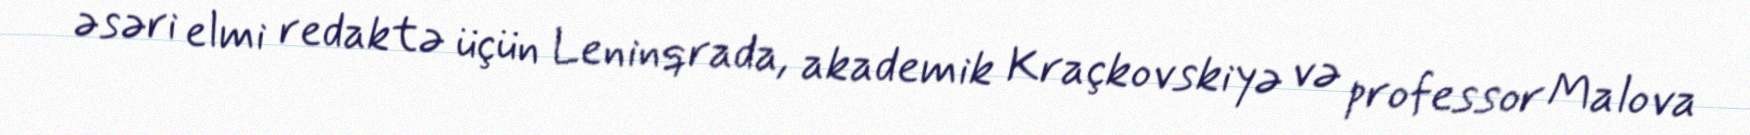
əsəri elmi redaktə üçün Leninqrada, akademik Kraçkovskiyə və professor Malova